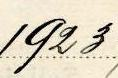
1923